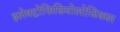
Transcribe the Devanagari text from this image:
इलेक्ट्रोफिसियोलोजिकल